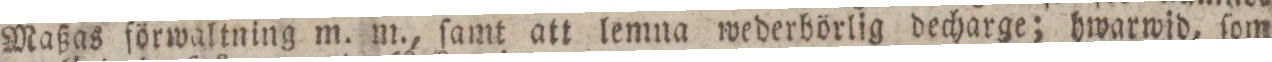
Maßas förwaltning m. m., ſamt att lemna wederbörlig decharge; hwarwid, ſom